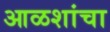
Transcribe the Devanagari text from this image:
आळशांचा